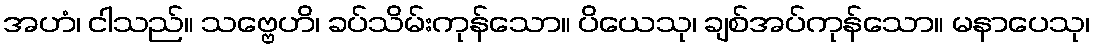
အဟံ၊ ငါသည်။ သဗ္ဗေဟိ၊ ခပ်သိမ်းကုန်သော။ ပိယေသု၊ ချစ်အပ်ကုန်သော။ မနာပေသု၊